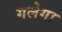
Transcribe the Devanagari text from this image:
गलेगा